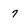
Character: 7